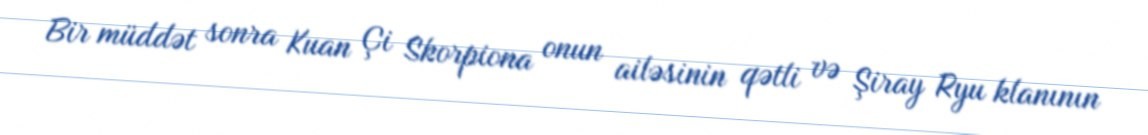
Bir müddət sonra Kuan Çi Skorpiona onun ailəsinin qətli və Şiray Ryu klanının